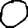
Digit: 0